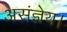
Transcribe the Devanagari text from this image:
असंज्ञेय।